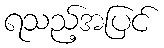
ရသည့်အပြင်